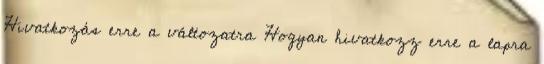
Hivatkozás erre a változatra Hogyan hivatkozz erre a lapra